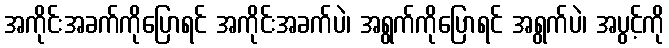
အကိုင်းအခက်ကိုပြောရင် အကိုင်းအခက်ပဲ၊ အရွက်ကိုပြောရင် အရွက်ပဲ၊ အပွင့်ကို